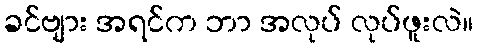
ခင်ဗျား အရင်က ဘာ အလုပ် လုပ်ဖူးလဲ။